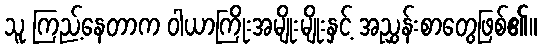
သူ ကြည့်နေတာက ဝါယာကြိုးအမျိုးမျိုးနှင့် အညွှန်းစာတွေဖြစ်၏။